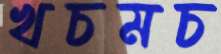
খচমচ